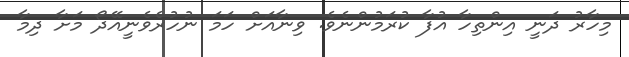
މިހާރު ދަނީ އިންތިހާ އުފާ ކުރަމުންނެވެ. ވިނާއަށް ހަމަ ނުހުރެވެނީއޭދޯ މަށާ ދިމާ